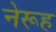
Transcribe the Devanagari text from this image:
नेरूह